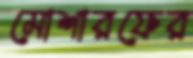
মোশারফের